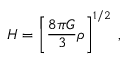
H = \left[ \frac { 8 \pi G } { 3 } \rho \right] ^ { 1 / 2 } \; ,